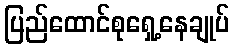
ပြည်ထောင်စုရှေ့နေချုပ်